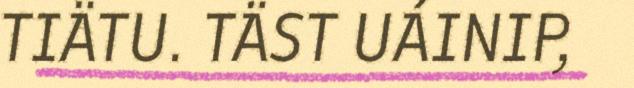
TIÄTU. TÄST UÁINIP,